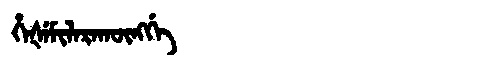
Manchu: ᡥᡝᡧᡝᠮᡳᠯᠠᡵᠠᡴᡡᠩᡤᡝ
Romanization: HEŠEMILARAKŪNGGE